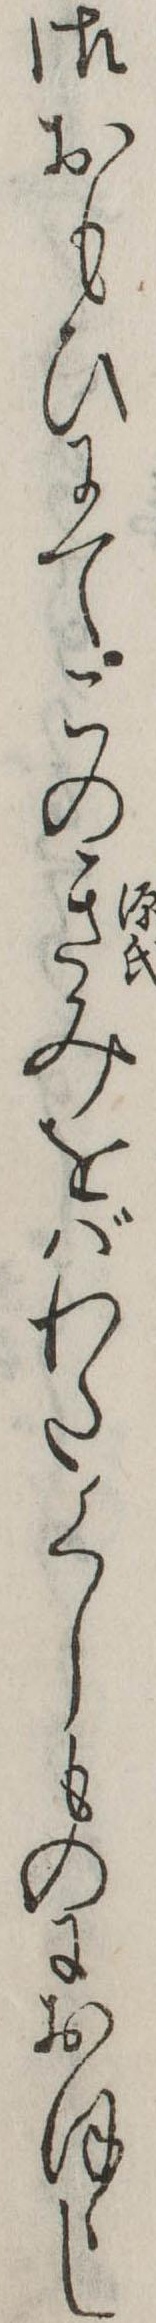
御おもひにてこのきみをばわたくしものにおほゝし